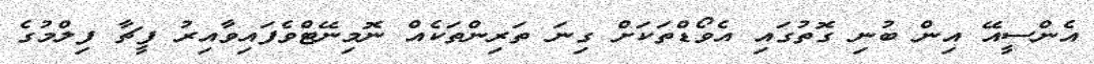
އެންސީއޭ އިން ބުނި ގޮތުގައި އެވޯޑްތަކަށް ގިނަ ތަރިންތަކެއް ނޮމިނޭޓްވެފައިވާއިރު ފީޗާ ފިލްމުގެ